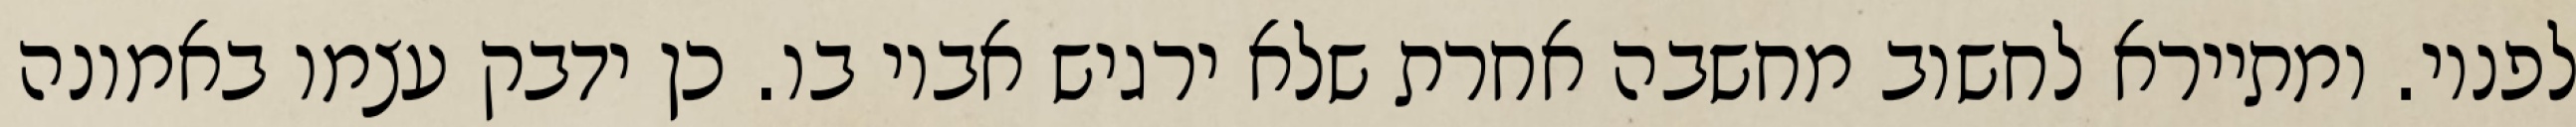
לפניו. ומתיירא לחשוב מחשבה אחרת שלא ירגיש אביו בו. כן ידבק עצמו באמונה